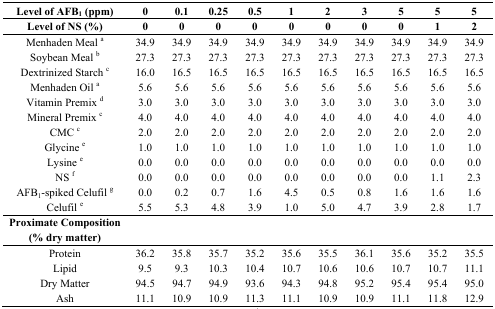
<table><thead><tr><td><b>Level of AFB<sub>1</sub> (ppm)</b></td><td><b>0</b></td><td><b>0.1</b></td><td><b>0.25</b></td><td><b>0.5</b></td><td><b>1</b></td><td><b>2</b></td><td><b>3</b></td><td><b>5</b></td><td><b>5</b></td><td><b>5</b></td></tr><tr><td><b>Level of NS (%)</b></td><td><b>0</b></td><td><b>0</b></td><td><b>0</b></td><td><b>0</b></td><td><b>0</b></td><td><b>0</b></td><td><b>0</b></td><td><b>0</b></td><td><b>1</b></td><td><b>2</b></td></tr></thead><tbody><tr><td>Menhaden Meal <sup>a</sup></td><td>34.9</td><td>34.9</td><td>34.9</td><td>34.9</td><td>34.9</td><td>34.9</td><td>34.9</td><td>34.9</td><td>34.9</td><td>34.9</td></tr><tr><td>Soybean Meal <sup>b</sup></td><td>27.3</td><td>27.3</td><td>27.3</td><td>27.3</td><td>27.3</td><td>27.3</td><td>27.3</td><td>27.3</td><td>27.3</td><td>27.3</td></tr><tr><td>Dextrinized Starch <sup>c</sup></td><td>16.0</td><td>16.5</td><td>16.5</td><td>16.5</td><td>16.5</td><td>16.5</td><td>16.5</td><td>16.5</td><td>16.5</td><td>16.5</td></tr><tr><td>Menhaden Oil <sup>a</sup></td><td>5.6</td><td>5.6</td><td>5.6</td><td>5.6</td><td>5.6</td><td>5.6</td><td>5.6</td><td>5.6</td><td>5.6</td><td>5.6</td></tr><tr><td>Vitamin Premix <sup>d</sup></td><td>3.0</td><td>3.0</td><td>3.0</td><td>3.0</td><td>3.0</td><td>3.0</td><td>3.0</td><td>3.0</td><td>3.0</td><td>3.0</td></tr><tr><td>Mineral Premix <sup>c</sup></td><td>4.0</td><td>4.0</td><td>4.0</td><td>4.0</td><td>4.0</td><td>4.0</td><td>4.0</td><td>4.0</td><td>4.0</td><td>4.0</td></tr><tr><td>CMC <sup>c</sup></td><td>2.0</td><td>2.0</td><td>2.0</td><td>2.0</td><td>2.0</td><td>2.0</td><td>2.0</td><td>2.0</td><td>2.0</td><td>2.0</td></tr><tr><td>Glycine <sup>e</sup></td><td>1.0</td><td>1.0</td><td>1.0</td><td>1.0</td><td>1.0</td><td>1.0</td><td>1.0</td><td>1.0</td><td>1.0</td><td>1.0</td></tr><tr><td>Lysine <sup>e</sup></td><td>0.0</td><td>0.0</td><td>0.0</td><td>0.0</td><td>0.0</td><td>0.0</td><td>0.0</td><td>0.0</td><td>0.0</td><td>0.0</td></tr><tr><td>NS <sup>f</sup></td><td>0.0</td><td>0.0</td><td>0.0</td><td>0.0</td><td>0.0</td><td>0.0</td><td>0.0</td><td>0.0</td><td>1.1</td><td>2.3</td></tr><tr><td>AFB<sub>1</sub>-spiked Celufil <sup>g</sup></td><td>0.0</td><td>0.2</td><td>0.7</td><td>1.6</td><td>4.5</td><td>0.5</td><td>0.8</td><td>1.6</td><td>1.6</td><td>1.6</td></tr><tr><td>Celufil <sup>e</sup></td><td>5.5</td><td>5.3</td><td>4.8</td><td>3.9</td><td>1.0</td><td>5.0</td><td>4.7</td><td>3.9</td><td>2.8</td><td>1.7</td></tr><tr><td><b>Proximate Composition (% dry matter)</b></td><td></td><td></td><td></td><td></td><td></td><td></td><td></td><td></td><td></td><td></td></tr><tr><td>Protein</td><td>36.2</td><td>35.8</td><td>35.7</td><td>35.2</td><td>35.6</td><td>35.5</td><td>36.1</td><td>35.6</td><td>35.2</td><td>35.5</td></tr><tr><td>Lipid</td><td>9.5</td><td>9.3</td><td>10.3</td><td>10.4</td><td>10.7</td><td>10.6</td><td>10.6</td><td>10.7</td><td>10.7</td><td>11.1</td></tr><tr><td>Dry Matter</td><td>94.5</td><td>94.7</td><td>94.9</td><td>93.6</td><td>94.3</td><td>94.8</td><td>95.2</td><td>95.4</td><td>95.4</td><td>95.0</td></tr><tr><td>Ash</td><td>11.1</td><td>10.9</td><td>10.9</td><td>11.3</td><td>11.1</td><td>10.9</td><td>10.9</td><td>11.1</td><td>11.8</td><td>12.9</td></tr></tbody></table>